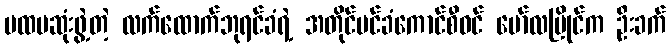
ပထမဆုံးဖွဲ့တဲ့ လက်ထောက်ဘုရင်ခံရဲ့ အတိုင်ပင်ခံကောင်စီဝင် မော်လမြိုင်က ဦးခက်